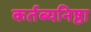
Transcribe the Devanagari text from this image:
कर्तब्यनिष्ठा